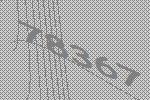
78367